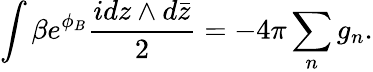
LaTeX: \int\beta e^{\phi_{B}}\frac{idz\wedge d\bar{z}}{2}=-4\pi\sum_{n}g_{n}.